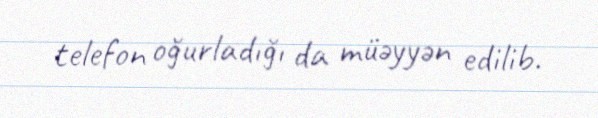
telefon oğurladığı da müəyyən edilib.